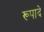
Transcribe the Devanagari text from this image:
रूपादे